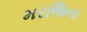
મરજિના